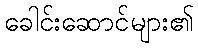
ခေါင်းဆောင်များ၏